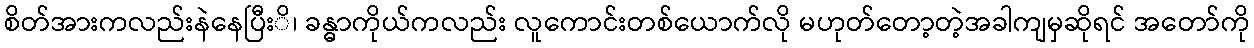
စိတ်အားကလည်းနဲနေပြီးိ၊ ခန္ဓာကိုယ်ကလည်း လူကောင်းတစ်ယောက်လို မဟုတ်တော့တဲ့အခါကျမှဆိုရင် အတော်ကို